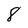
Character: 8